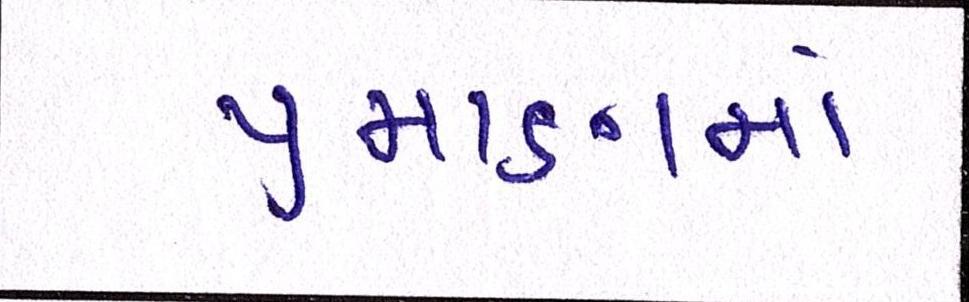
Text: પ્રમાણમાં